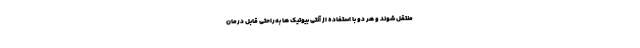
منتقل شوند و هر دو با استفاده از آنتی بیوتیک ها به‌راحتی قابل درمان